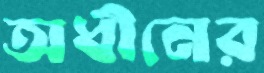
অধীনের